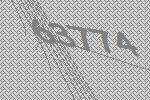
63774